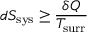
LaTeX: d S _ { \mathrm { s y s } } \geq { \frac { \delta Q } { T _ { \mathrm { s u r r } } } }